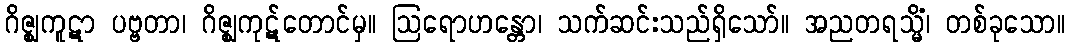
ဂိဇ္ဈကူဋာ ပဗ္ဗတာ၊ ဂိဇ္ဈကုဋ်တောင်မှ။ ဩရောဟန္တော၊ သက်ဆင်းသည်ရှိသော်။ အညတရသ္မိံ၊ တစ်ခုသော။